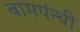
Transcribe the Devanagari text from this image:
बामपंन्थी